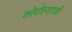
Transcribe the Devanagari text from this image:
कोयोल्शाव्की